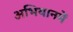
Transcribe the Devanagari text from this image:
अभियानमें